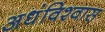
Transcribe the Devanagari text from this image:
अधंविश्वास